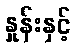
နှုန်းနှင့်